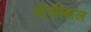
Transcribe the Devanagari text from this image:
वोलीबाल